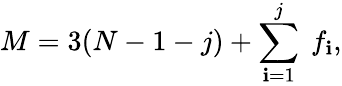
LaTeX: M=3(N-1-j)+\sum_{\mathbf{i}=1}^{j}\ f_{\mathbf{i}},